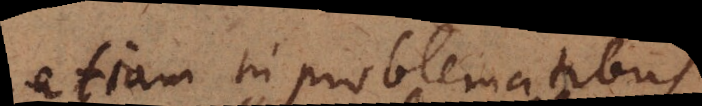
etiam in problematibus